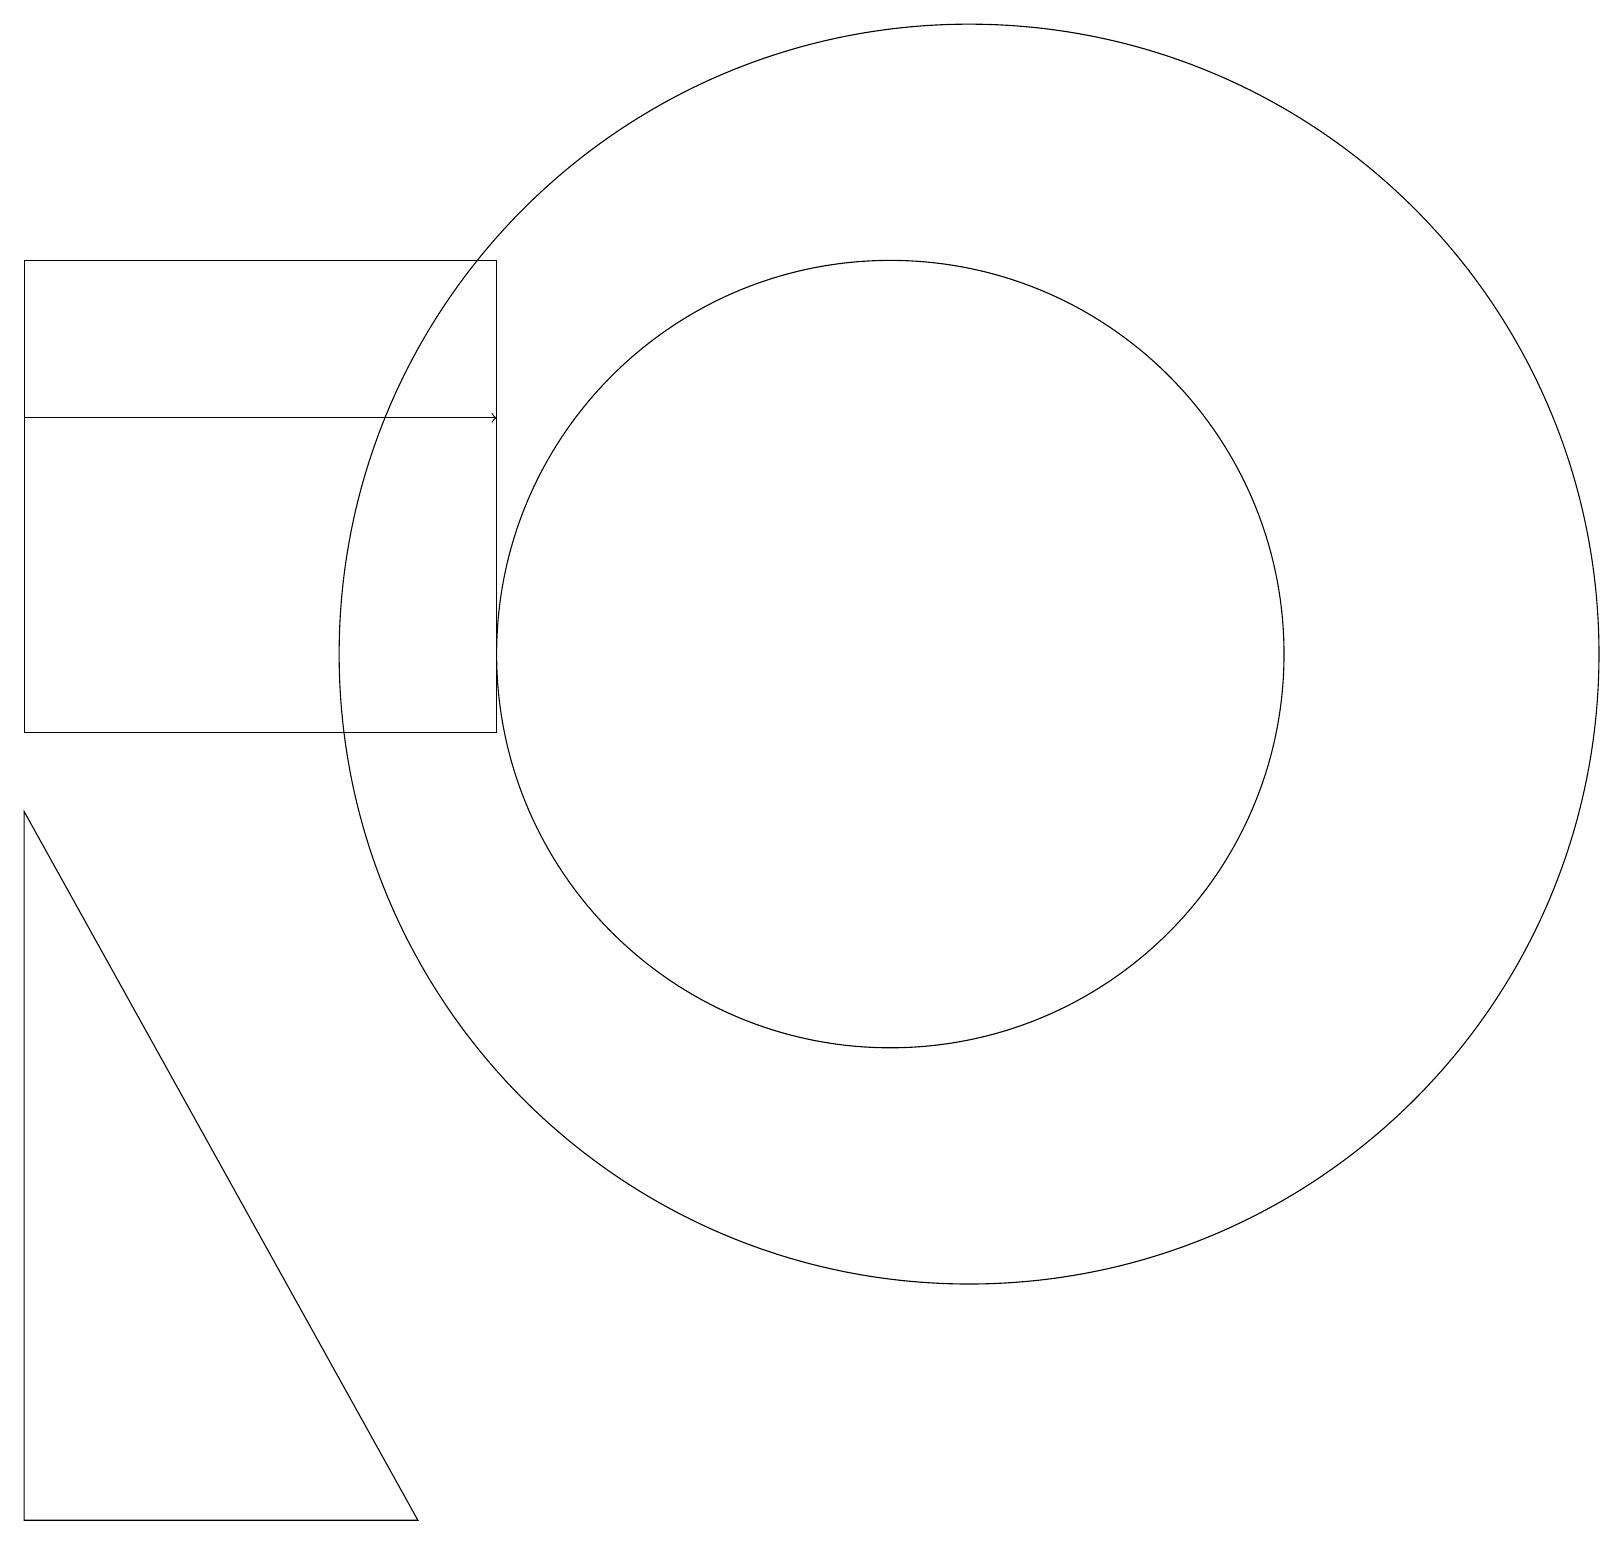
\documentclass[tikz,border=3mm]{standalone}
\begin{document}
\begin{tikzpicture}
\draw (12,11) circle (8);
\draw (6,16) rectangle (0,10);
\draw (11,10) circle (0);
\draw[->] (0,14) -- (6,14);
\draw (5,0) -- (0,0) -- (0,9) -- cycle;
\draw (11,11) circle (5);
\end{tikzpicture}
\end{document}